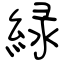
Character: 緑